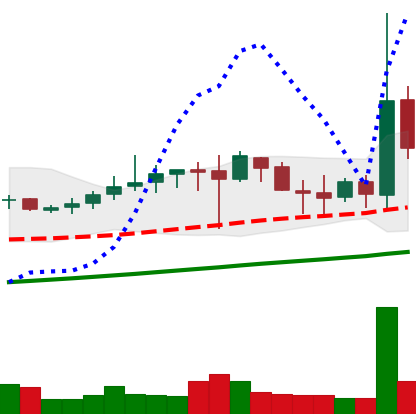
Ticker: DOGE-USD
Chart end date: 2019-07-06
Forward return: -8.571%
Label: down_7plus